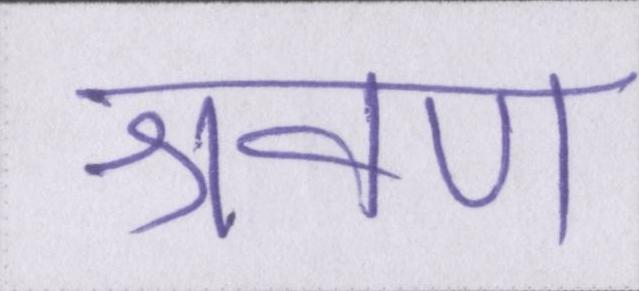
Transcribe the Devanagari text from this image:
श्रवण